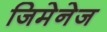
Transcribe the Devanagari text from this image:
जिमेनेज